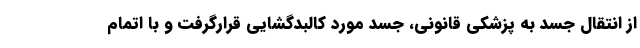
از انتقال جسد به پزشکی قانونی، جسد مورد کالبدگشایی قرارگرفت و با اتمام